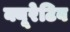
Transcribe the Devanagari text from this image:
क्यूरेटिव